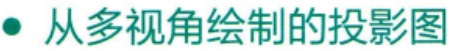
$\bullet$ 从多视角绘制的投影图